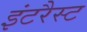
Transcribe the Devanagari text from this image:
इंटरैस्ट